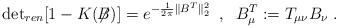
LaTeX: \begin{align*}\mbox{det}_{ren}[1-K(\not{\!\!B})] = e^{-\frac{1}{2\pi} \| B^T \|_2^2}\; \; , \; \;B^T_\mu := T_{\mu \nu} B_\nu \; .\end{align*}